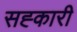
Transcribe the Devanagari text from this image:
सह्कारी